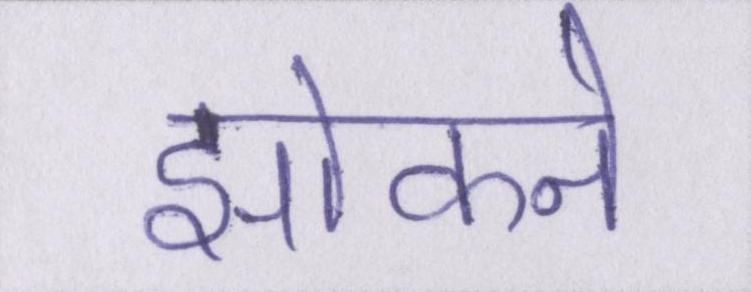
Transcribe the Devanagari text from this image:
झांकने